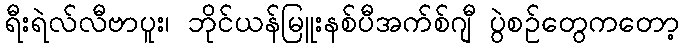
ရီးရဲလ်လီဗာပူး၊ ဘိုင်ယန်မြူးနစ်ပီအက်စ်ဂျီ ပွဲစဉ်တွေကတော့